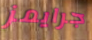
جرايمز